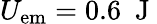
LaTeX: U_{\mathrm{em}}=0.6\ \mathrm{~J~}